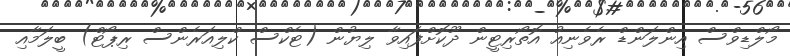
މޯލްޑިވްސް އިންލަންޑް ރެވެނިއު އޮތޯރިޓީން ދޫކޮށްފައިވާ ލިޔުން (ޓެކްސް ކްލިއަރެންސް ރިޕޯޓް) ބީލަމާއި